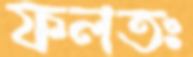
ফলতঃ